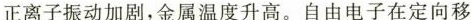
正离子振动加剧，金属温度升高。自由电子在定向移